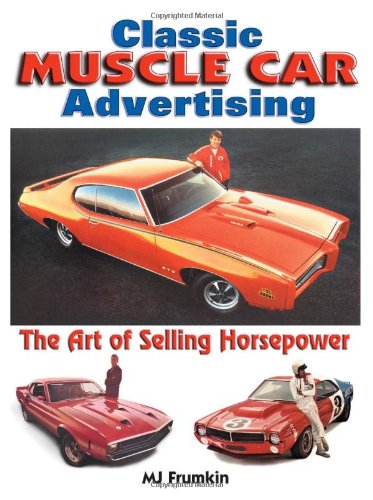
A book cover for Classic Muscle Car Advertising: The Art of Selling Horsepower; Mitch Frumkin; Crafts, Hobbies & Home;